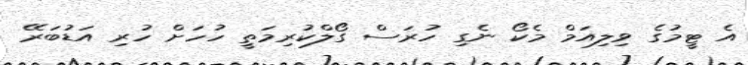
އެ ޓީމުގެ ވިލިއަމް މެކޯ ނެގި ހުރަސް ގޯލްކުރިމަތީ ހުހަށް ހުރި އަޑުބަރޭ